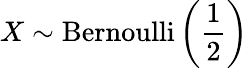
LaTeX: X\sim\mathrm{Bernoulli}\left({\frac{1}{2}}\right)